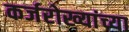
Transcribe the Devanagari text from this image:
कर्जरोख्यांच्या